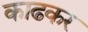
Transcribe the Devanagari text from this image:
काढकर